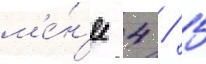
м'е́н'ее 4 / 5